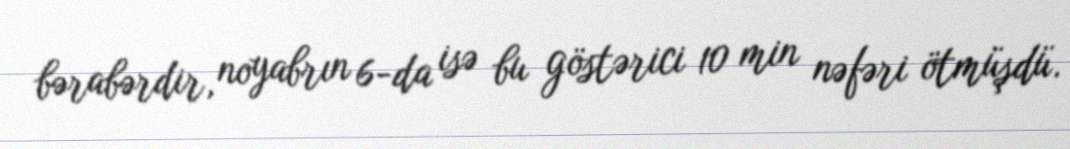
bərabərdir, noyabrın 6-da isə bu göstərici 10 min nəfəri ötmüşdü.